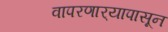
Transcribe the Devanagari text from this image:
वापरणार्‍यापासून